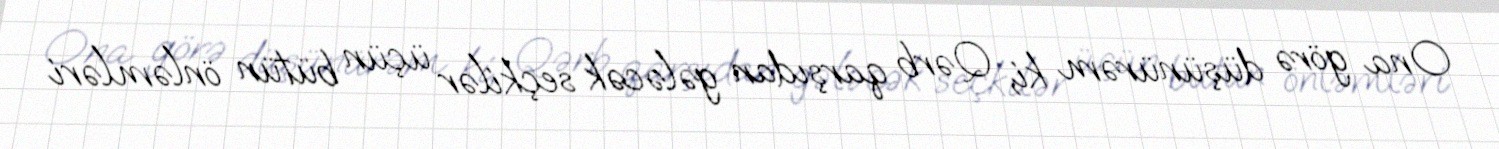
Ona görə düşünürəm ki, Qərb qarşıdan gələcək seçkilər üçün bütün önləmləri